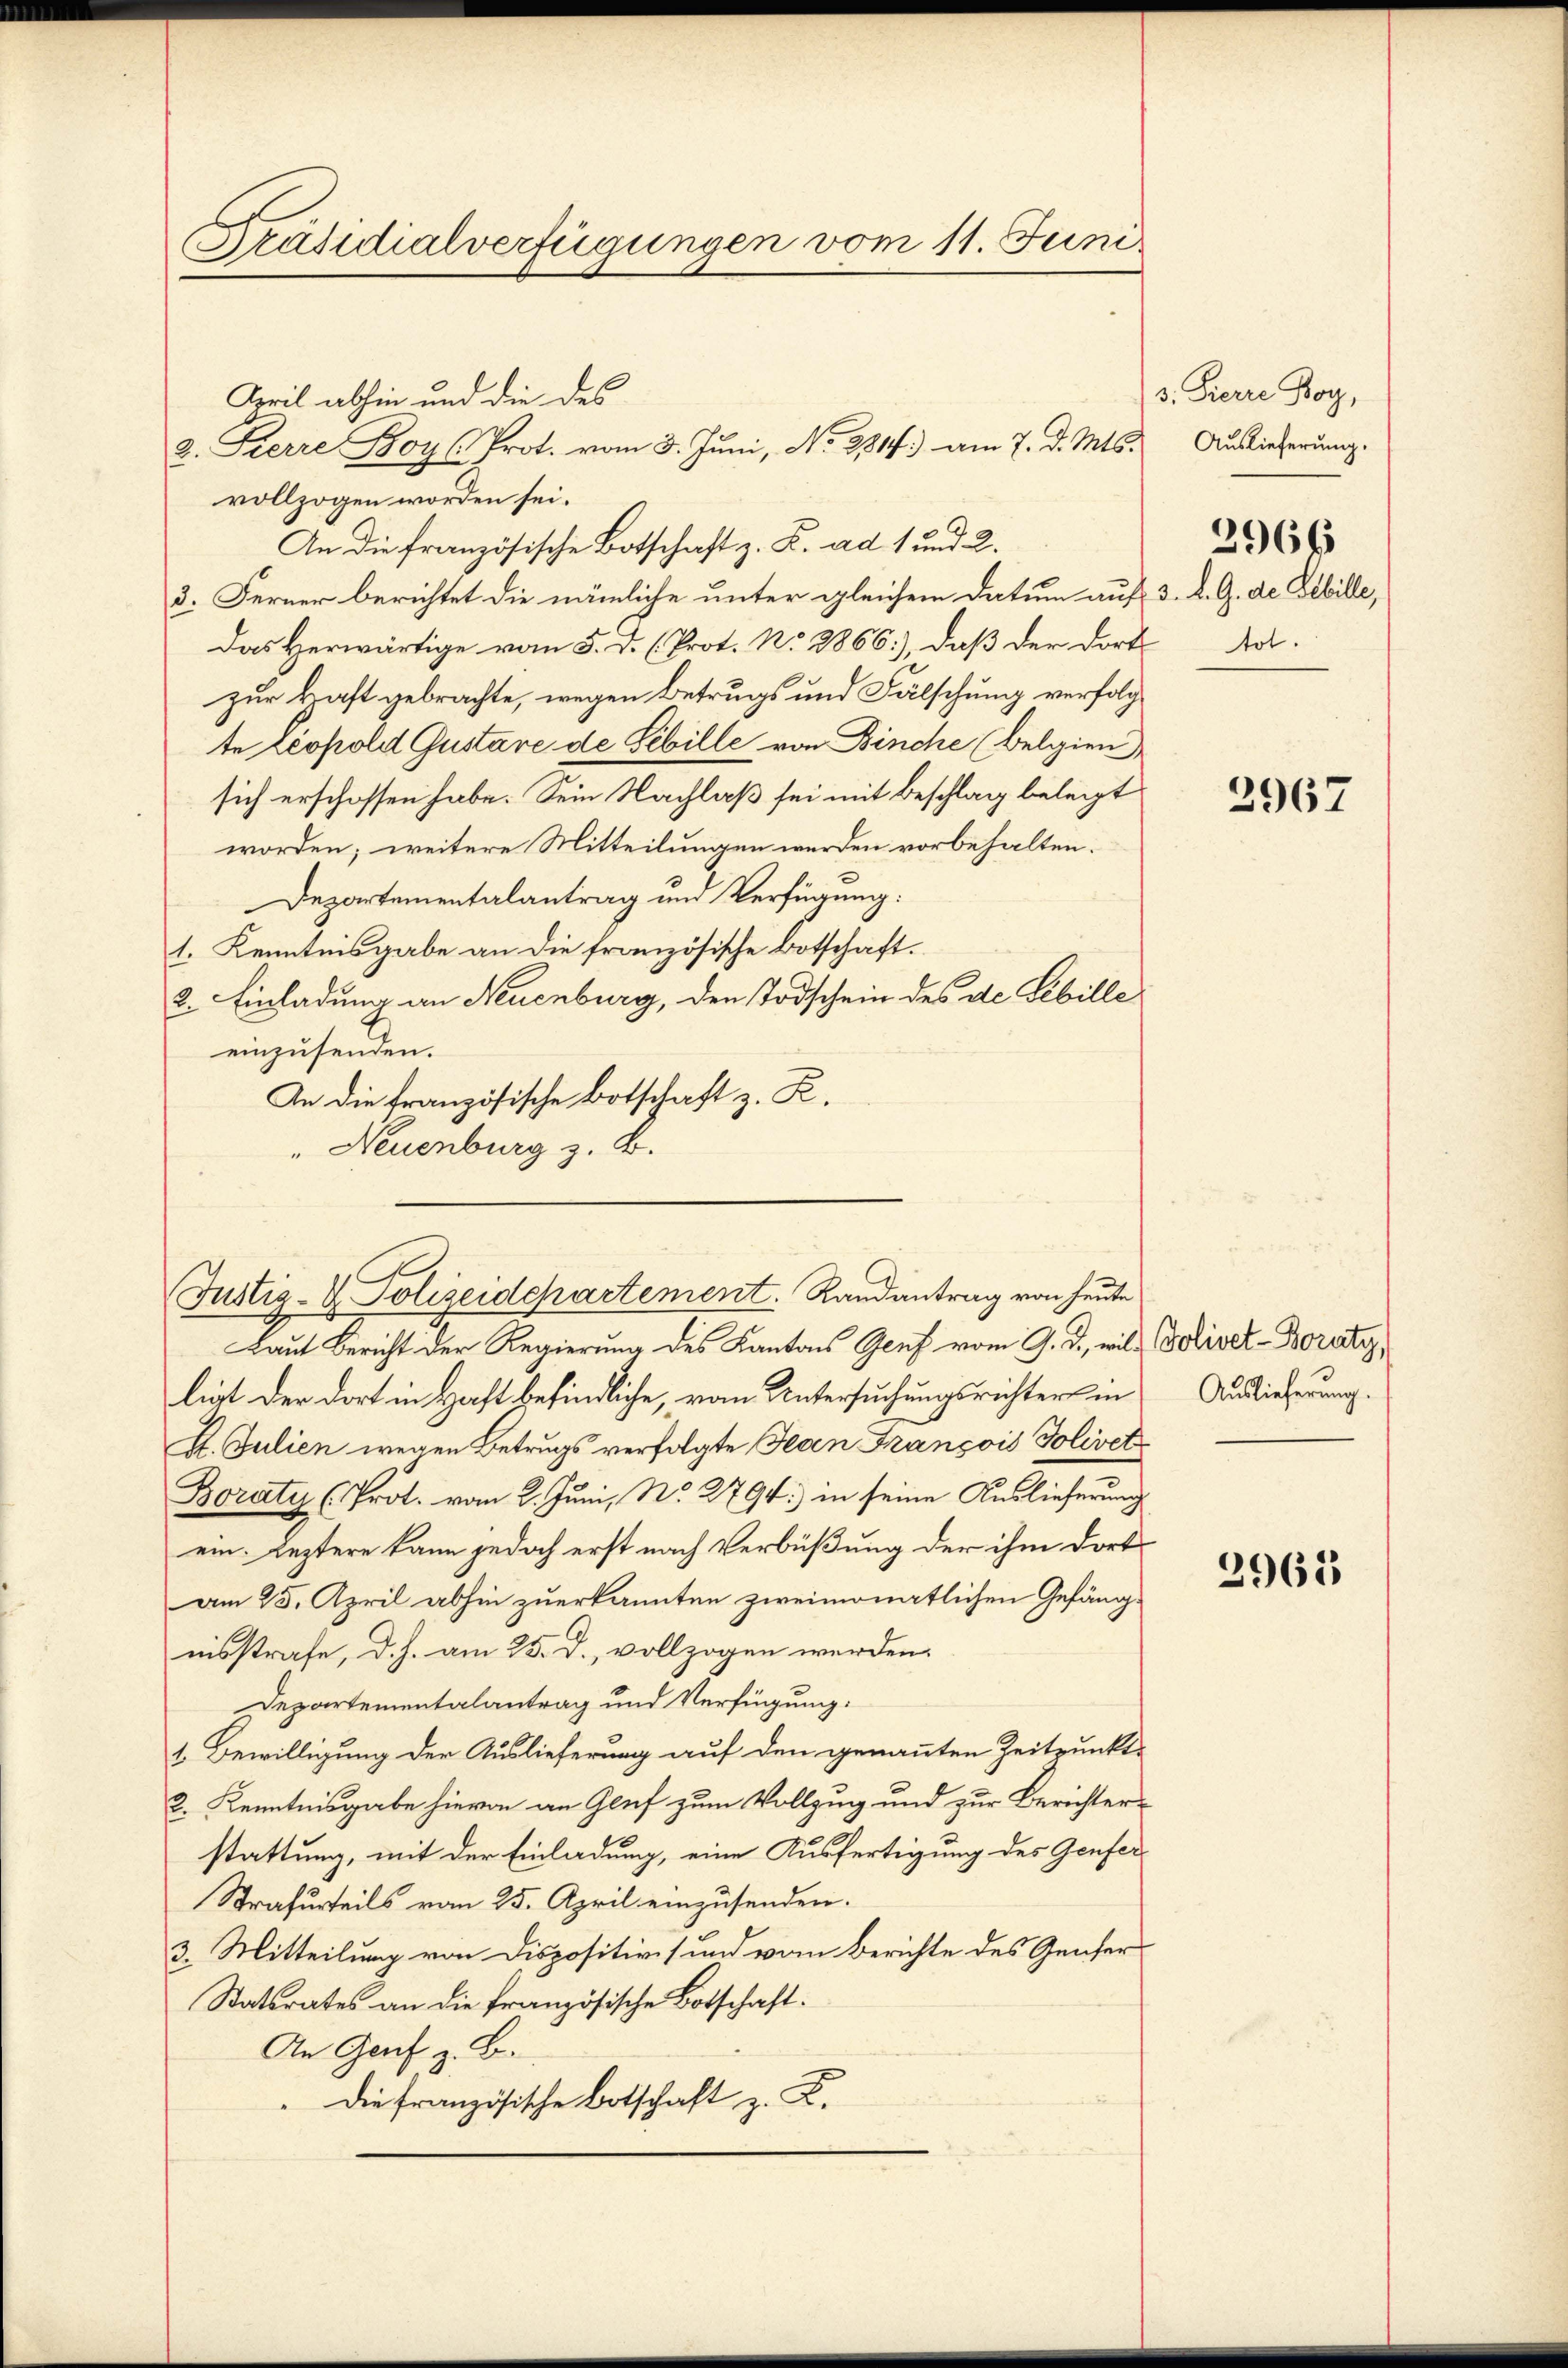
Präsidialverfügungen vom 11. Juni

April abhin und die des
vollzogen worden sei.
An die französische Botschaft z. B. ad 1 und 2.
3. Ferner berichtet die nämliche unter gleichem Datum auf 3. d. G. de Gebille,
Das Herwärtige vom 5. d. (Prot. N. 2866), daß der dort dazur Haft gebrachte, wegen Betrugs und Fälschung verfolgte Leopold Gustave de Gebille von Binche (belgien,
sich erschossen habe. Sein Nachlaß sei mit Beschlag beleit
worden; weitere Mitteilungen werden vorbehalten.
Departementalantrag und Verfügung:
1. Kenntnisgabe an die französische Botschaft.
2. Einladung an Neuenburg, den Todschein des de Gebille
einzusenden.
In die französische Botschaft z. R.
" Neuenburg z. B.
Laut Bericht der Regierung des Kantons Genf vom 9. d. will Bolivet-Boraty,
ligt der dort in Haft befindliche, vom Untersuchungsrichter in
I. Julien wegen Betrugs verfolgte Jeden François Solivet
Boraty (Prot. vom 2. Juni, No. 279) in seine Auslieferung
ein. leztere kann jedoch erst nach Verbüßung der ihm dort
am 25. April abhin zuerkannten zweimonatlichen Gefängnisstrafe, d. h. am 25. d., vollzogen werden.
Departementalantrag und Verfügung.
1. Bewilligung der Auslieferung auf den genannten Zeitpunkts
2. Kenntnisgabe hievon an Gluf zum Vollzug und zur Berichterstattung, mit der Einladung, eine Ausfertigung des Genfer
Strafurteils vom 25. April einzusenden.
3. Mitteilung von Dispositivs und vom Berichte des Genfer
Statsrates an die französische Botschaft.
An Genf z. B.
Die französische Botschaft z. K.

2. Pierre Boy (Prot. vom 3. Juni, No. 2317) am 7. d. Mts.

Justiz- & Polizeidepartement. Randantrag von heute

s. Pierre Boy,
Auslieferung.
3966

2967

Auslieferung.

2965